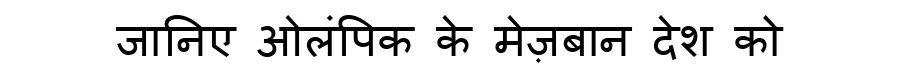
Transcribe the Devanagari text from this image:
जानिए ओलंपिक के मेज़बान देश को